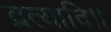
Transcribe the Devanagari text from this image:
व्रत्यादि।।